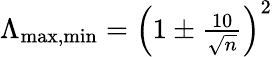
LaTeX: \begin{array}{r}{\Lambda_{\operatorname*{max},\operatorname*{min}}=\left(1\pm\frac{10}{\sqrt{n}}\right)^{2}}\end{array}